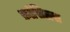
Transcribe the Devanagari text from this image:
फ़ॉसिलस